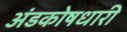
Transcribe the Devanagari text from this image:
अंडकोषधारी